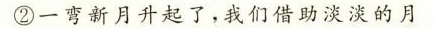
②一弯新月升起了，我们借助淡淡的月